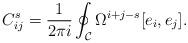
LaTeX: \begin{align*}C_{ij}^s={1\over 2\pi i}\oint_{\cal C}\Omega^{i+j-s}[e_i,e_j].\end{align*}